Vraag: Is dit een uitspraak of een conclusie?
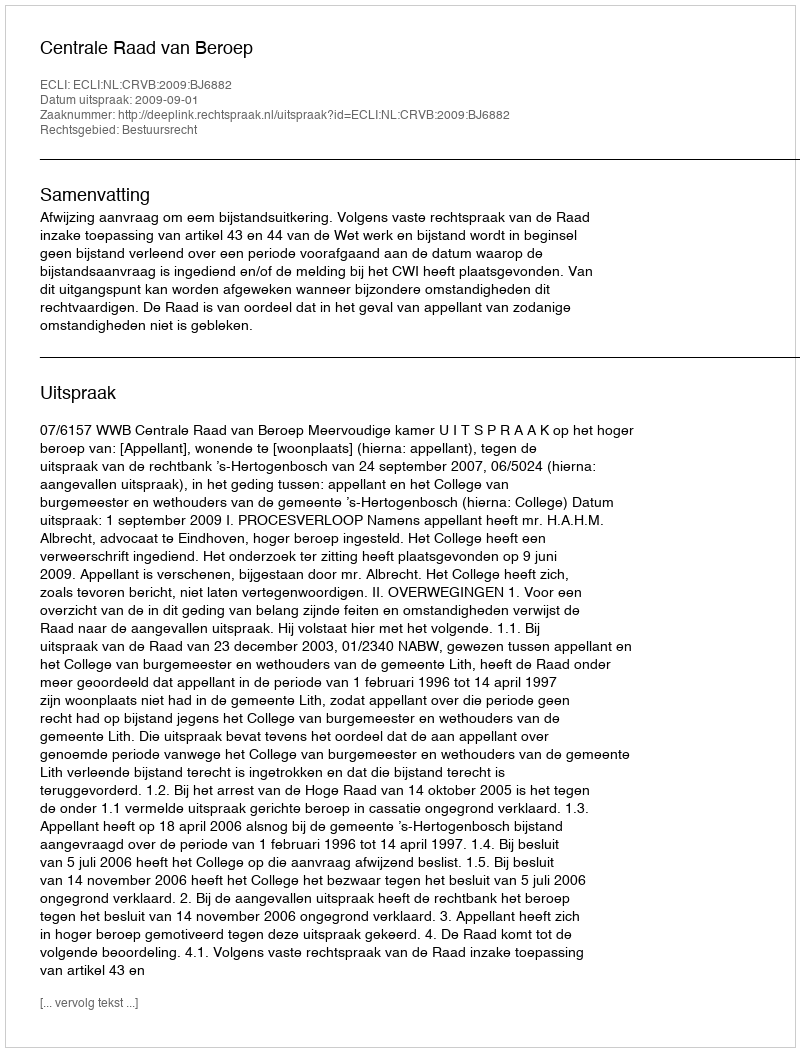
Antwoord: Uitspraak